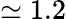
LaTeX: \simeq 1.2